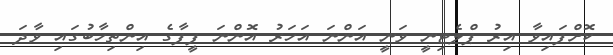
ކޮށްފައިވާ އިރު ޕްލެޓިނީ ވަނީ އަންނަ އަހަރު އޮންނަ ފީފާގެ އިންތިހާބުގައި ވާދަ